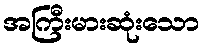
အကြီးမားဆုံးသော